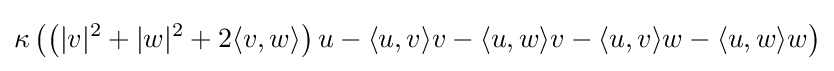
\kappa \left(\left(|v|^{2}+|w|^{2}+2\langle v,w\rangle \right)u-\langle u,v\rangle v-\langle u,w\rangle v-\langle u,v\rangle w-\langle u,w\rangle w\right)